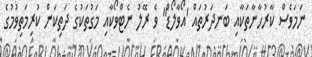
ނަމަވެސް ކާރުހާނާތަކާއި ބަނދަރުތައް 'އޯވާލޯޑް" ވެ ރޭލު ނެޓްވޯކާއި މަގުތަކުގެ ދަތިކަން ކުރިމަތިވުމުގެ